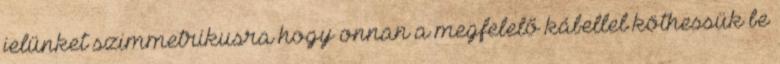
jelünket szimmetrikusra hogy onnan a megfelelő kábellel köthessük be